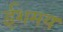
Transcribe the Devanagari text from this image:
ईशमय